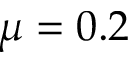
\mu = 0 . 2